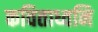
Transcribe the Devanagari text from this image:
कविताध्वनि